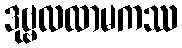
ဒုဗ္ဗလထာမကဿ